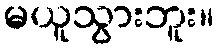
မယူသွားဘူး။